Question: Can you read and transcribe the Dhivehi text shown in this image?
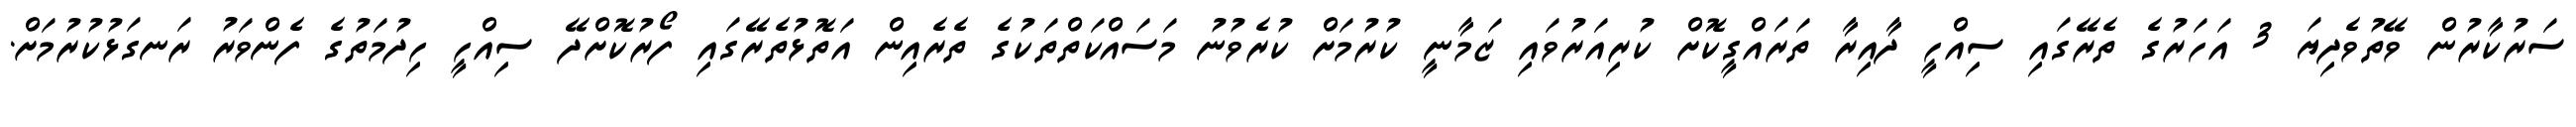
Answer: ސަރުކާރުން ވޭތުވެދިޔަ 3 އަހަރުގެ ތެރޭގައި ސިއްހީ ދާއިރާ ތަރައްގީކޮށް ކުރިއަރުވައި ޒަމާނީ ކުރުމަށް ކުރެވުނު މަސައްކަތްތަކުގެ ތެރެއިން އަތޮޅުތެރޭގައި ފޯރުކޮށްދޭ ސިއްހީ ހިދުމަތުގެ ފެންވަރު ރަނގަޅުކުރުމަށް.